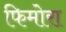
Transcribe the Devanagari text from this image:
फिमोरा